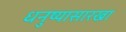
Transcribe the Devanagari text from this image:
धनुष्यासारखा